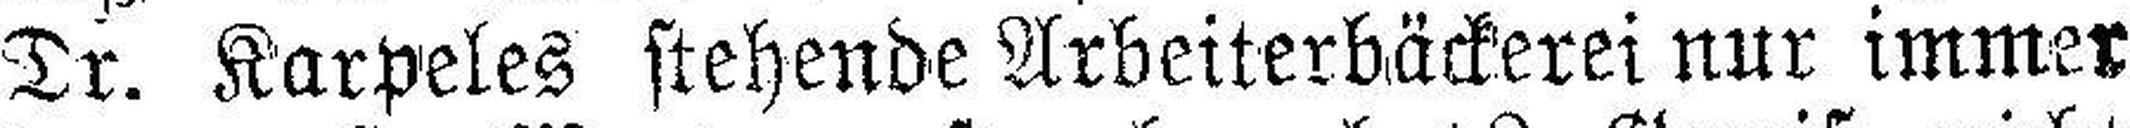
Dr. Karpeles stehende Arbeiterbäckerei nur immer